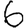
Digit: 6